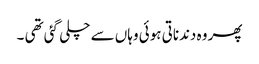
پھر وہ دندناتی ہوئی وہاں سے چلی گئی تھی ۔